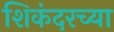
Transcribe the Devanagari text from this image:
शिकंदरच्या